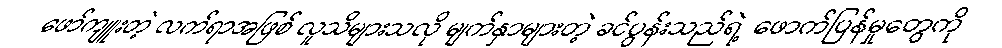
ဖော်ကျူးတဲ့ လက်ရာအဖြစ် လူသိများသလို မျက်နှာများတဲ့ ခင်ပွန်းသည်ရဲ့ ဖောက်ပြန်မှုတွေကို